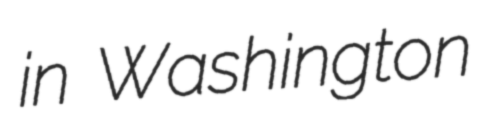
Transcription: in Washington